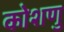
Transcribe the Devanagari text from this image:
कोशणु